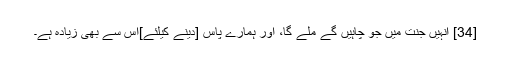
[34] انہیں جنت میں جو چاہیں گے ملے گا، اور ہمارے پاس [دینے کیلئے]اس سے بھی زیادہ ہے۔